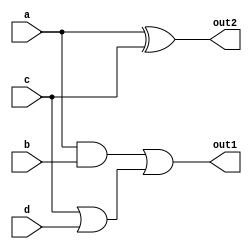
module multi_level_logic (
    input wire a,         // Input signal a
    input wire b,         // Input signal b
    input wire c,         // Input signal c
    input wire d,         // Input signal d
    output wire out1,     // Output signal 1
    output wire out2      // Output signal 2
);

// Intermediate signals for multi-level logic
wire and_out1;          // Intermediate AND output
wire or_out1;           // Intermediate OR output
wire xor_out1;          // Intermediate XOR output

// Level 1: AND and OR operations
assign and_out1 = a & b;         // AND function
assign or_out1 = c | d;          // OR function

// Level 2: XOR operation using intermediate results
assign xor_out1 = a ^ c;         // XOR function

// Final output logic
assign out1 = and_out1 | or_out1; // Combining AND and OR results
assign out2 = xor_out1;            // Direct output from XOR

endmodule